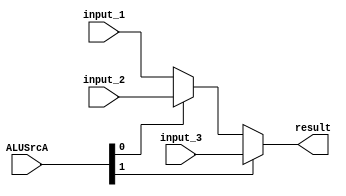
module mux_A_ULA (
  input  wire [1:0]  ALUSrcA,
  input  wire [31:0] input_1,
  input  wire [31:0] input_2,
  input  wire [31:0] input_3,

  output wire [31:0] result
);

  wire [31:0] aux;

  assign aux    = ALUSrcA[0] ? input_2 : input_1;
  assign result = ALUSrcA[1] ? input_3 : aux;

endmodule